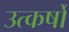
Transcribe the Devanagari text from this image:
उत्कर्षों